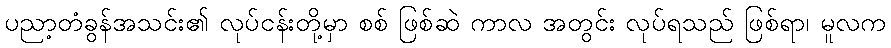
ပညာ့တံခွန်အသင်း၏ လုပ်ငန်းတို့မှာ စစ် ဖြစ်ဆဲ ကာလ အတွင်း လုပ်ရသည် ဖြစ်ရာ၊ မူလက